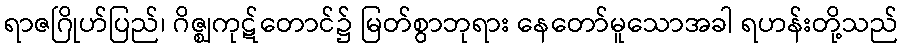
ရာဇဂြိုဟ်ပြည်၊ ဂိဇ္ဈကုဋ်တောင်၌ မြတ်စွာဘုရား နေတော်မူသောအခါ ရဟန်းတို့သည်